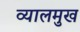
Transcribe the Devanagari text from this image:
व्यालमुख